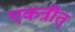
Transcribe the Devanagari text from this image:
एकत्रीत्